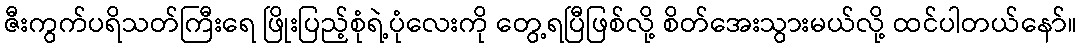
ဇီးကွက်ပရိသတ်ကြီးရေ ဖြိုးပြည့်စုံရဲ့ပုံလေးကို တွေ့ရပြီဖြစ်လို့ စိတ်အေးသွားမယ်လို့ ထင်ပါတယ်နော်။